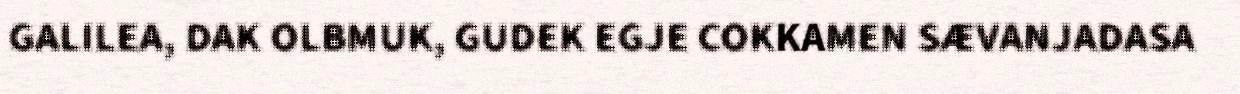
GALILEA, DAK OLBMUK, GUDEK EGJE COKKAMEN SÆVANJADASA